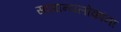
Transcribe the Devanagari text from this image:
सामान्यलोकांना